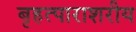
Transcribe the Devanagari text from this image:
बृहत्पाराशरीय